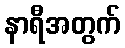
နာရီအတွက်